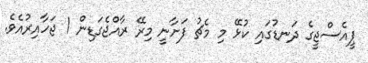
ޕީއެސްޖީގެ ދަނޑުގައި ކުޅޭ މި މެޗު ފަށާނީ މިރޭ ރާއްޖެގަޑިން 1 ޖަހާއިރުއެވެ.